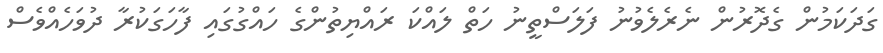
ގަދަކަމުން ގެދޮރުން ނެރެލެވުނު ފަލަސްތީނު ހަތް ލައްކަ ރައްޔިތުންގެ ހައްގުގައި ފާހަގަކުރާ ދުވަހެއްވެސް